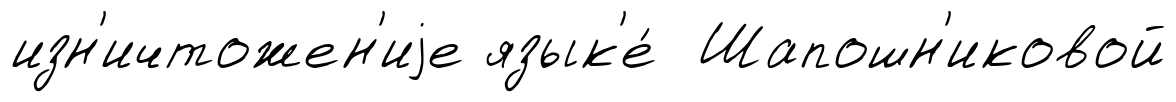
изн'ичтожен'иjе язык'е́ Шапошн'иковой